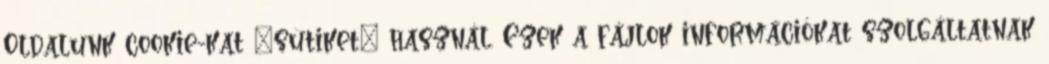
Oldalunk cookie-kat „sütiket” használ. Ezek a fájlok információkat szolgáltatnak